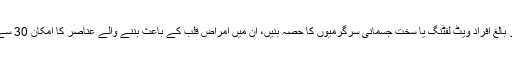
نتائج سے معلوم ہوا کہ جو بالغ افراد ویٹ لفٹنگ یا سخت جسمانی سرگرمیوں کا حصہ بنیں، ان میں امراض قلب کے باعث بننے والے عناصر کا امکان 30 سے 70 فیصد تک کم ہوگیا۔